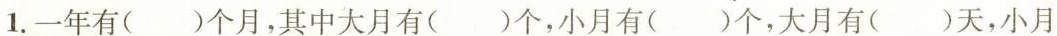
1.一年有( )个月，其中大月有( )个，小月有( )个，大月有( )天，小月